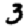
Digit: 3